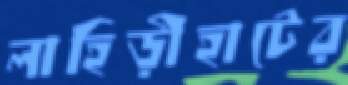
লাহিড়ীহাটের